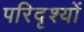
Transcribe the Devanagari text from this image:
परिदृश्‍यों